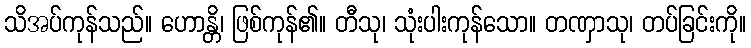
သိအပ်ကုန်သည်။ ဟောန္တိ၊ ဖြစ်ကုန်၏။ တီသု၊ သုံးပါးကုန်သော။ တဏှာသု၊ တပ်ခြင်းကို။